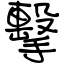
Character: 擊